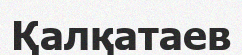
Қалқатаев